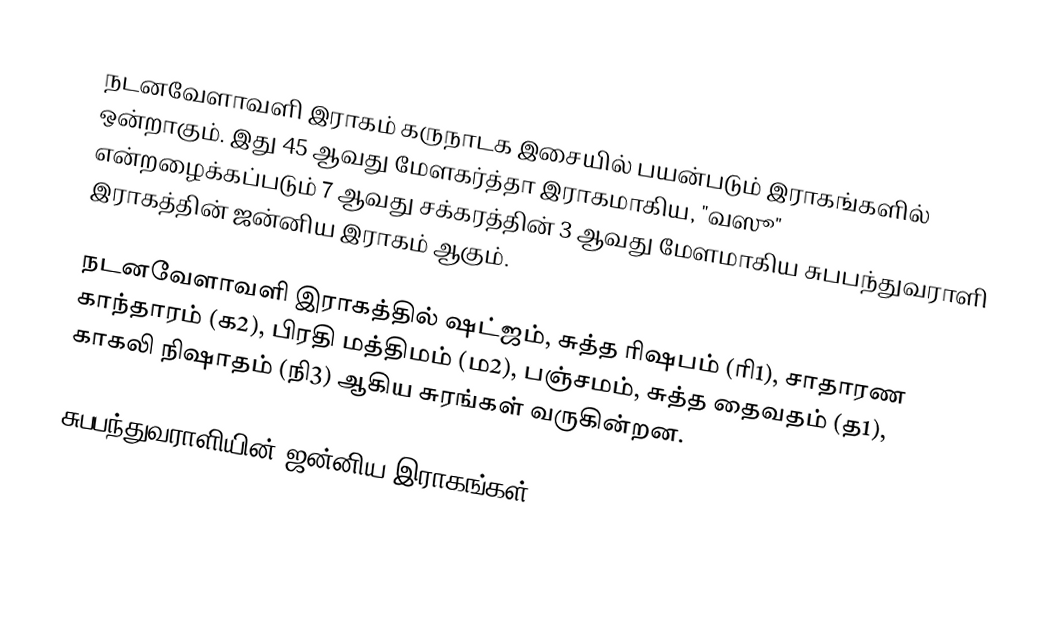
நடனவேளாவளி இராகம் கருநாடக இசையில் பயன்படும் இராகங்களில் ஒன்றாகும். இது 45 ஆவது மேளகர்த்தா இராகமாகிய, "வஸூ" என்றழைக்கப்படும் 7 ஆவது சக்கரத்தின் 3 ஆவது மேளமாகிய சுபபந்துவராளி இராகத்தின் ஜன்னிய இராகம் ஆகும்.

நடனவேளாவளி இராகத்தில் ஷட்ஜம், சுத்த ரிஷபம் (ரி1),  சாதாரண காந்தாரம் (க2), பிரதி மத்திமம் (ம2), பஞ்சமம், சுத்த தைவதம் (த1), காகலி நிஷாதம்  (நி3) ஆகிய சுரங்கள் வருகின்றன.

சுபபந்துவராளியின் ஜன்னிய இராகங்கள்